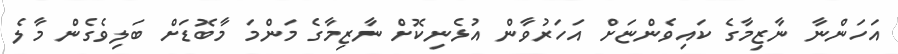
އަހަންނާ ނާޒިމާގެ ކައިވެންޏަށް އަހަރުވާން އުޅެނިކޮށް ނާޒިމާގެ މަންމަ މާބޮޑަށް ބަލިވެގެން މާލެ